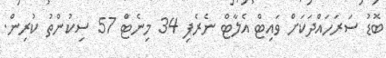
ބޮޑު ސަރަހައްދަކަށް ވައިޓް އެލާޓް ނެރެފި 34 މިނެޓް 57 ސިކުންތު ކުރިން.